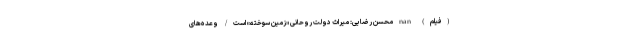
(فیلم) nan محسن رضایی: میراث دولت روحانی «زمین سوخته» است/ وعده‌های